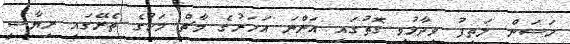
ހަސަން ލަތީފު ވިދާޅުވި ގޮތުގައި އަންނަ އަހަރުގެ މާޗް މަހުގެ ތެރޭގައި ރިޔާސީ